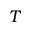
T